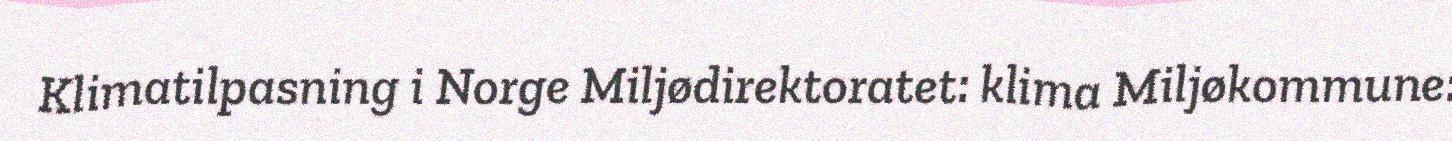
Klimatilpasning i Norge Miljødirektoratet: klima Miljøkommune: